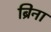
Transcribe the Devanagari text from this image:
ब्रिना